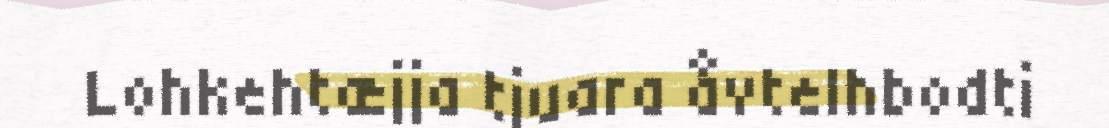
Lohkehtæjja tjuara åvtelhbodti